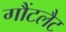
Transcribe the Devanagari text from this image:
गौंटलैट